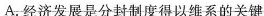
A.经济发展是分封制度得以维系的关键